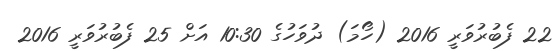
22 ފެބުރުވަރީ 2016 (ހޯމަ) ދުވަހުގެ 10:30 އަށް 25 ފެބުރުވަރީ 2016